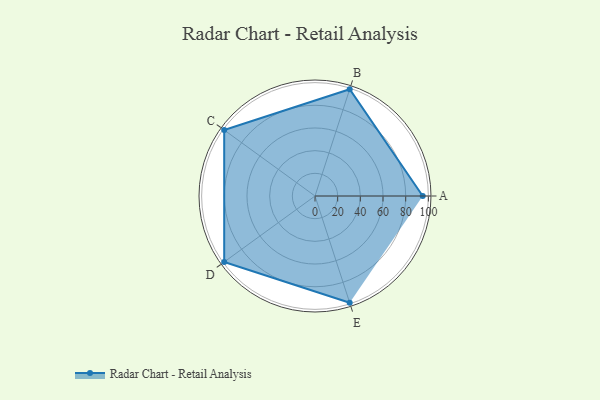
{"axis": {"x": "Skill", "y": "Score"}, "legend": ["Profile"], "data": [{"x": "A", "y": 95.0, "type": "Profile"}, {"x": "B", "y": 99, "type": "Profile"}, {"x": "C", "y": 99, "type": "Profile"}, {"x": "D", "y": 99, "type": "Profile"}, {"x": "E", "y": 99, "type": "Profile"}]}